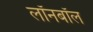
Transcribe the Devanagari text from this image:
लॉनबॉल